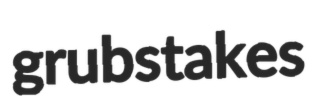
grubstakes